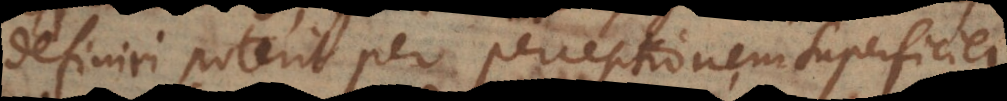
definiri poterit per perceptionem superficie